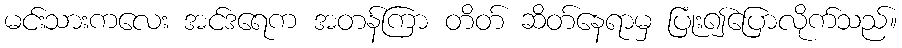
မင်းသားကလေး အင်ဒရေက အတန်ကြာ တိတ် ဆိတ်နေရာမှ ပြုံး၍ပြောလိုက်သည်။